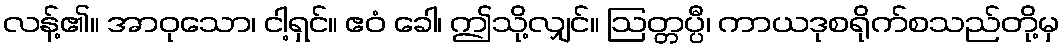
လန့်၏။ အာဝုသော၊ ငါ့ရှင်။ ဧဝံ ခေါ၊ ဤသို့လျှင်။ ဩတ္တပ္ပီ၊ ကာယဒုစရိုက်စသည်တို့မှ